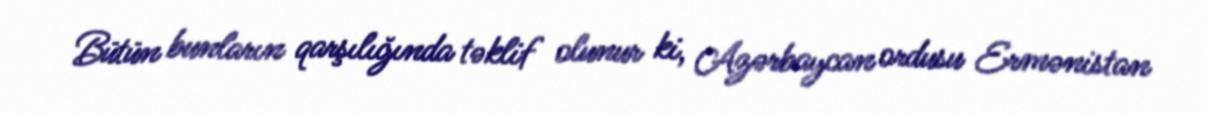
Bütün bunların qarşılığında təklif olunur ki, Azərbaycan ordusu Ermənistan